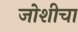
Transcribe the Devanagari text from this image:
जोशीचा